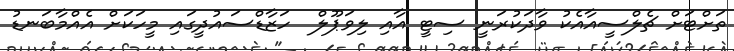
ތަށްޓަށް ޗެލްސީއާއެކު ވާދަކުރަނީ ސިޓީ އާއި ލިވަޕޫލް  ހަޒާޑްސައުދީގައި މީހަކަށް އެއްމާބަނޑު